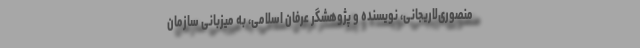
منصوری‌لاریجانی، نویسنده و پژوهشگر عرفان اسلامی، به میزبانی سازمان